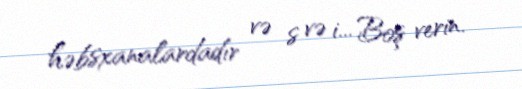
həbsxanalardadır və s və i... Boş verin.